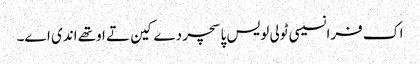
اک فرانسیسی ٹولی لویس پاسچر دے کین تے اوتھے اندی اے۔